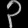
Digit: ၃